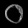
Digit: ၀